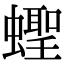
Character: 蟶